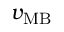
v _ { \mathrm { M B } }